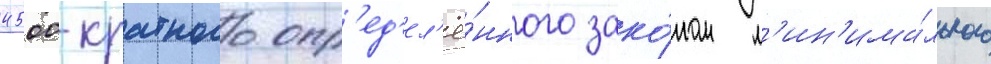
4500-кратного опр'ед'ел'ё́нного зако́ном м'ин'има́льного